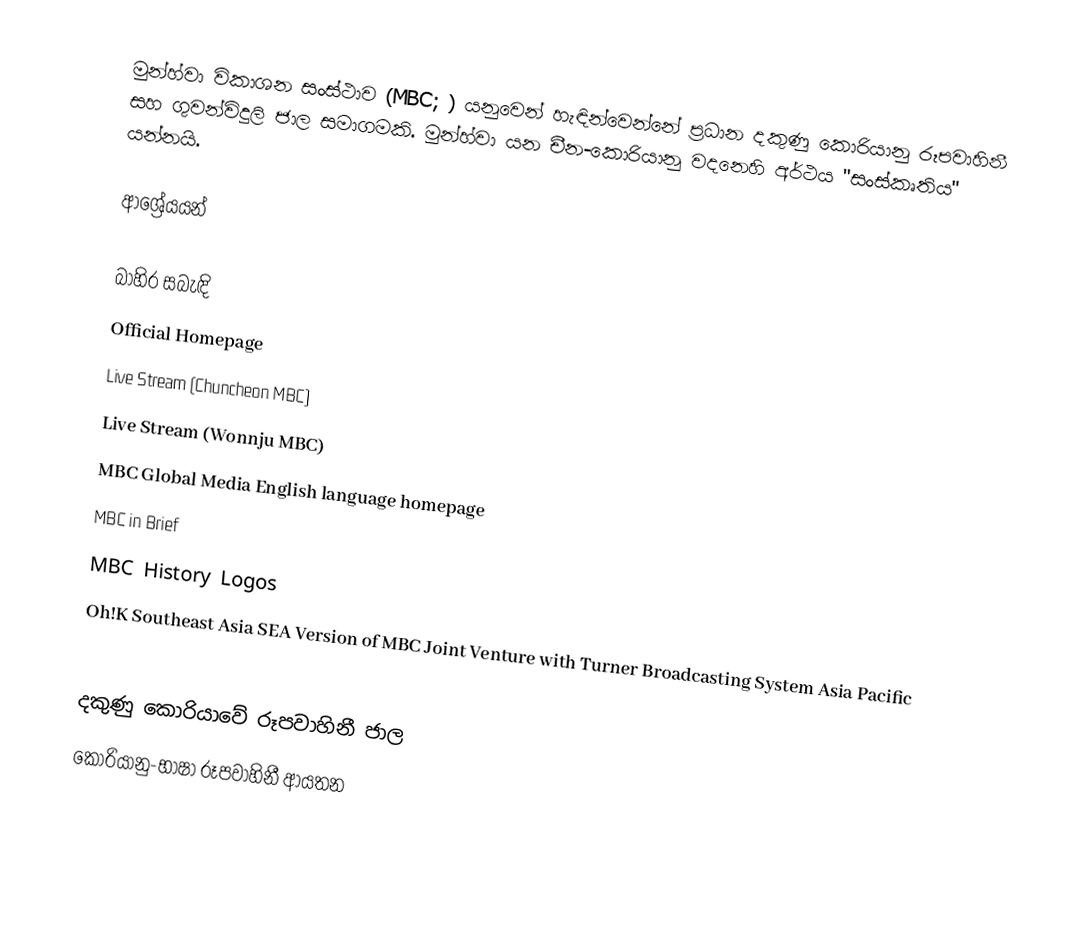
මුන්හ්වා විකාශන සංස්ථාව (MBC; ) යනුවෙන් හැඳින්වෙන්නේ ප්‍රධාන දකුණු කොරියානු රූපවාහිනී සහ ගුවන්විදුලි ජාල සමාගමකි. මුන්හ්වා යන චීන-කොරියානු වදනෙහි අර්ථය "සංස්කෘතිය" යන්නයි.

ආශ්‍රේයයන්

බාහිර සබැඳි
 Official Homepage
 Live Stream (Chuncheon MBC)
 Live Stream (Wonnju MBC)
 MBC Global Media English language homepage
 MBC in Brief
 MBC History Logos
 Oh!K Southeast Asia SEA Version of MBC Joint Venture with Turner Broadcasting System Asia Pacific

දකුණු කොරියාවේ රූපවාහිනී ජාල
කොරියානු-භාෂා රූපවාහිනී ආයතන